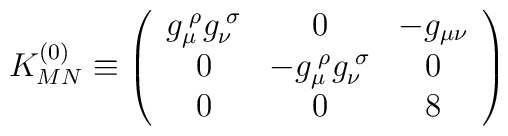
K^{(0)}_{MN} \equiv \left( \begin{array}{ccc} g_{\mu}^{\;\rho} g_{\nu}^{\;\sigma}& 0 & -  g_{\mu \nu} \\ 0 & - g_{\mu}^{\;\rho} g_{\nu}^{\;\sigma}& 0 \\ 0 & 0 & 8 \\  \end{array} \right)